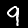
Label: 9